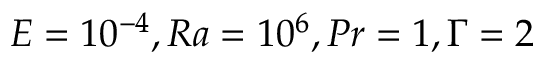
E = 1 0 ^ { - 4 } , R a = 1 0 ^ { 6 } , P r = 1 , \Gamma = 2